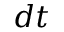
d t